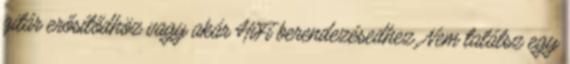
gitár erősítődhöz vagy akár HiFi berendezésedhez. Nem találsz egy